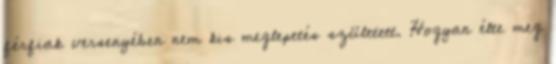
férfiak versenyében nem kis meglepetés született. Hogyan élte meg